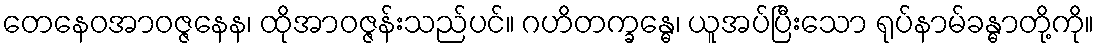
တေနေဝအာဝဇ္ဇနေန၊ ထိုအာဝဇ္ဇန်းသည်ပင်။ ဂဟိတက္ခန္ဓေ၊ ယူအပ်ပြီးသော ရုပ်နာမ်ခန္ဓာတို့ကို။